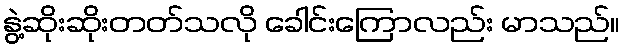
နွဲ့ဆိုးဆိုးတတ်သလို ခေါင်းကြောလည်း မာသည်။